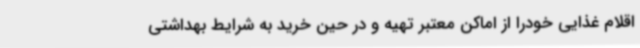
اقلام غذایی خودرا از اماکن معتبر تهیه و در حین خرید به شرایط بهداشتی